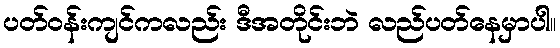
ပတ်ဝန်းကျင်ကလည်း ဒီအတိုင်းဘဲ လည်ပတ်နေမှာပါ။